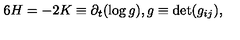
6 H = - 2 K \equiv \partial _ { t } ( \log g ) , g \equiv \mathrm { d e t } ( g _ { i j } ) ,